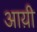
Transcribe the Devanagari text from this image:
आय़ी